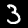
Digit: 3